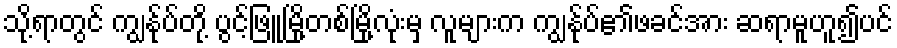
သို့ရာတွင် ကျွန်ုပ်တို့ ပွင့်ဖြူမြို့တစ်မြို့လုံးမှ လူများက ကျွန်ုပ်၏ဖခင်အား ဆရာမူဟူ၍ပင်